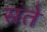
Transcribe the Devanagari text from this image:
संते